Rangoon Lunatic Asylum 1893-1897 - 1893-1897
Year: 1893
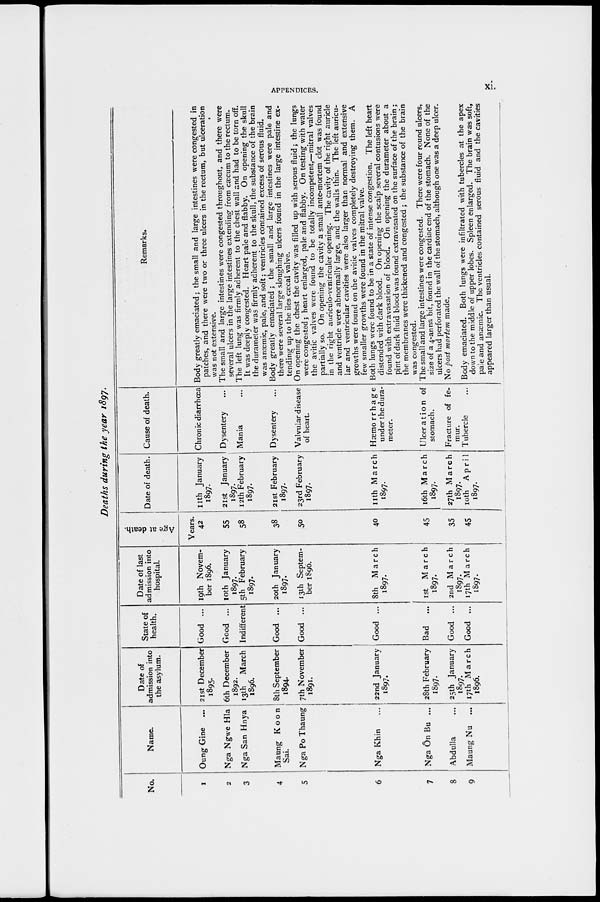
APPENDICES.
xi.
Deaths during the year 1897.
No.
1
2
3
4
5
6
7
8
9
Name.
Oung Gine ...
Nga Ngwe Hla
Nga San Hnya
Maung Koon
Sai.
Nga Po Thaung
Nga Khin ...
Nga Ôn Bu ...
Abdulla ...
Maung Nu ...
Date of
admission into
the asylum.
21st December
1895.
6th December
1892.
13th
March
1896.
8th September
1894.
7th November
1891.
22nd January
1897.
28th February
1897.
25th January
1897.
17th March
1896.
State of
health.
Good ...
Good ...
Indifferent
Good ...
Good ...
Good ...
Bad ...
Good ...
Good ...
Date of last
admission into
hospital.
19th Novem-
ber 1896.
10th January
1897.
5th February
1897.
20th January
1897.
13th Septem-
ber 1896.
8th
March
1897.
1st
March
1897.
2nd March
1897.
17th March
1897.
Age at death.
Years.
42
55
58
38
50
40
45
35
45
Date of death.
11th January
1897.
21st January
1897.
12th February
1897.
21st February
1897.
23rd February
1897.
11th March
1897.
16th March
1897.
27th March
1897.
10th
April
1897.
Cause of death.
Chronic diarrhœa
Dysentery ...
Mania ...
Dysentery ...
Valvular disease
of heart.
Hæmorrhage
under the dura-
meter.
Ulceration of
stomach.
Fracture of fe-
mur.
Tubercle ...
Remarks.
Body greatly emaciated; the small and large intestines were congested in
patches, and there were two or three ulcers in the rectum, but ulceration
was not extensive.
The small and large intestines were congested throughout, and there were
several ulcers in the large intestines extending from cæcum to the rectum.
The left lung was firmly adherent to the chest wall and had to be torn off.
It was deeply congested. Heart pale and flabby. On opening the skull
the durameter was firmly adherent to the skull, the substance of the brain
was anæmic, pale, and soft; ventricles contained excess of serous fluid.
Body greatly emaciated; the small and large intestines were pale and
there were several large sloughing ulcers found in the large intestine ex-
tending up to the iles cæcal valve.
On opening the chest the cavity was filled up with serous fluid; the lungs
were congested; heart enlarged, pale and flabby. On testing with water
the avitic valves were found to be totally incompetent,—mitral valves
partially so. On opening the cavity a small ante-mortem clot was found
in the right auriculo-ventriculer opening. The cavity of the right auricle
and ventricle were abnormally large, and the walls thin. The left auricu-
lar and ventricular cavities were also larger than normal and extensive
growths were found on the avitic valves completely destroying them. A
few smaller growths were found in the mitral valve.
Both lungs were found to be in a state of intense congestion. The left heart
distended with dark blood. On opening the scalp several contusions were
found with extravasation of blood. On opening the durameter about a
pint of dark fluid blood was found extravasated on the surface of the brain;
the membranes were thickened and congested ; the substance of the brain
was congested.
The small and large intestines were congested. There were four round ulcers,
size of a 4-anna bit, found in the cardiac end of the stomach. None of the
ulcers had perforated the wall of the stomach, although one was a deep ulcer.
No post mortem made.
Body emaciated. Both lungs were infiltrated with tubercles at the apex
down to the middle of upper lobes. Spleen enlarged. The brain was soft,
pale and anæmic. The ventricles contained serous fluid and the cavities
appeared larger than usual.